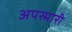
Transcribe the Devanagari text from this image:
अपस्मारी